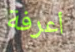
أعرفة